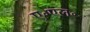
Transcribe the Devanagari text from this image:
ए॰एल॰